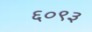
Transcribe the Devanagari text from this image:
६०९३